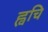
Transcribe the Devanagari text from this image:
ह्वचि